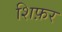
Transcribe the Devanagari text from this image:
शिफ़र